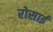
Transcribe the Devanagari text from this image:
रोसाई